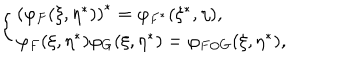
\left\{ \begin{array} { l } { { \left( \varphi _ { F } ( \xi , \eta ^ { * } ) \right) ^ { * } = \varphi _ { F ^ { * } } ( \xi ^ { * } , \eta ) , } } \\ { { \varphi _ { F } ( \xi , \eta ^ { * } ) \varphi _ { G } ( \xi , \eta ^ { * } ) = \varphi _ { F \odot G } ( \xi , \eta ^ { * } ) , } } \\ \end{array} \right.